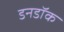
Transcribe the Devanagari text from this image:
डनडॉक